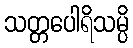
သတ္တပေါရိသမ္ပိ